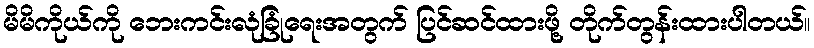
မိမိကိုယ်ကို ဘေးကင်းလုံခြုံရေးအတွက် ပြင်ဆင်ထားဖို့ တိုက်တွန်းထားပါတယ်။